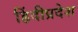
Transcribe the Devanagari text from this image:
हिंदीप्रदेश